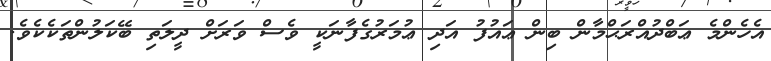
އެހެންމެ ޢަބްދުއްރަޙްމާން ބިން ޢައުފު އަދި ޢުމަރުގެފާނަކީ ވެސް ވަރަށް ދީލަތި ބޭކަލުންތަކެކެވެ.